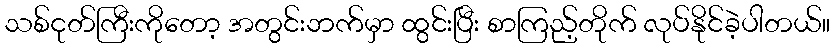
သစ်ငုတ်ကြီးကိုတော့ အတွင်းဘက်မှာ ထွင်းပြီး စာကြည့်တိုက် လုပ်နိုင်ခဲ့ပါတယ်။